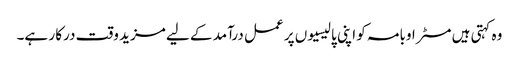
وہ کہتی ہیں مسٹر اوبامہ کو اپنی پالیسیوں پر عمل درآمد کے لیے مزید وقت درکا ر ہے۔